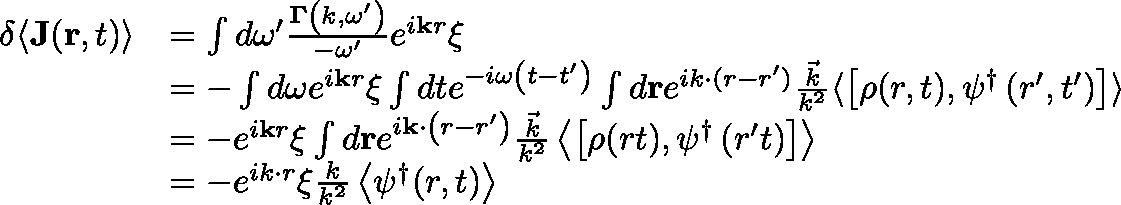
\begin{array} { r l } { \delta \langle \mathbf { J } ( \mathbf { r } , t ) \rangle } & { = \int d \omega ^ { \prime } \frac { \mathbf { \Gamma } \left( k , \omega ^ { \prime } \right) } { - \omega ^ { \prime } } e ^ { i \mathbf { k } r } \xi } \\ & { = - \int d \omega e ^ { i \mathbf { k } r } \xi \int d t e ^ { - i \omega \left( t - t ^ { \prime } \right) } \int d \mathbf { r } e ^ { i k \cdot ( r - r ^ { \prime } ) } \frac { \vec { k } } { k ^ { 2 } } \langle \left[ \rho ( r , t ) , \psi ^ { \dagger } \left( r ^ { \prime } , t ^ { \prime } \right) \right] \rangle } \\ & { = - e ^ { i \mathbf { k } r } \xi \int d \mathbf { r } e ^ { i \mathbf { k } \cdot \left( r - r ^ { \prime } \right) } \frac { \vec { k } } { k ^ { 2 } } \left\langle \left[ \rho ( r t ) , \psi ^ { \dagger } \left( r ^ { \prime } t \right) \right] \right\rangle } \\ & { = - e ^ { i k \cdot r } \xi \frac { k } { k ^ { 2 } } \left\langle \psi ^ { \dagger } ( r , t ) \right\rangle } \end{array}